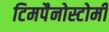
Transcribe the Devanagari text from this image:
टिमपैनोस्टोमी